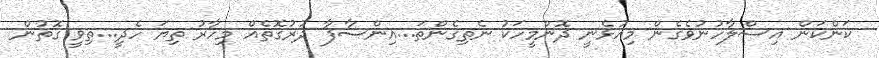
ކަންކަން އިސްލާހުނުވެގެން މިއުޅެނީ ދޮންމީހަކު ނެތިގެންތަ...އިންސާފާ ދުރުގޮތެއް މިހާރު ތިޔަ ހެދީ...ތިވީ ގޮތުން